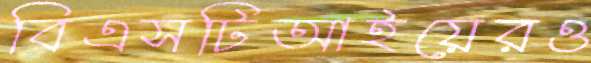
বিএসটিআইয়েরও